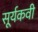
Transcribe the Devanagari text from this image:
सूर्यकवी